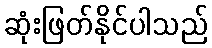
ဆုံးဖြတ်နိုင်ပါသည်